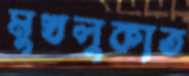
মুখলুকাত